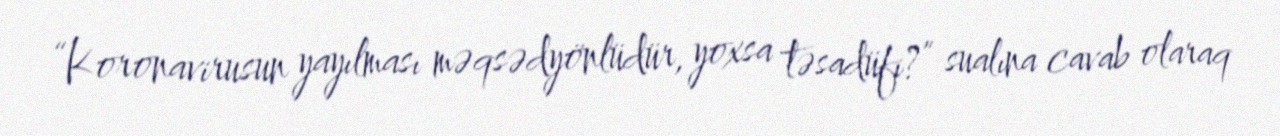
“Koronavirusun yayılması məqsədyönlüdür, yoxsa təsadüfi?” sualına cavab olaraq